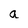
Character: a